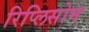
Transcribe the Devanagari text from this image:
रिप्लिसोम